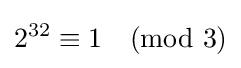
2^{32}\equiv 1{\pmod {3}}